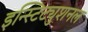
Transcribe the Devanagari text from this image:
इन्स्टिट्युशनल